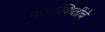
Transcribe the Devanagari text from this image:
मनःस्थितींचे